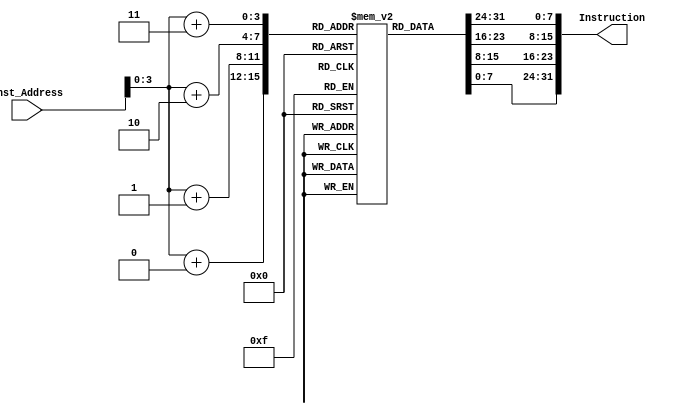
module Instruction_Memory(
  input wire [63:0] Inst_Address,
  output reg [31:0] Instruction 
);
  reg [7:0] insMem [15:0];
  initial
  begin
    insMem[15] = 8'h02;
    insMem[14] = 8'h95;
    insMem[13] = 8'h34;
    insMem[12] = 8'h23;
    insMem[11] = 8'h00;
    insMem[10] = 8'h14;
    insMem[9] = 8'h84;
    insMem[8] = 8'h93;
    insMem[7] = 8'h0;
    insMem[6] = 8'h9A;
    insMem[5] = 8'h84;
    insMem[4] = 8'hB3;
    insMem[3] = 8'h02;
    insMem[2] = 8'h85;
    insMem[1] = 8'h34;
    insMem[0] = 8'h83;
  end
  always @(Inst_Address)
  begin
    Instruction <= {insMem[Inst_Address[3:0]+3], insMem[Inst_Address[3:0]+2], insMem[Inst_Address[3:0]+1], insMem[Inst_Address[3:0]+0]};
  end
endmodule